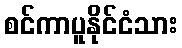
စင်ကာပူနိုင်ငံသား